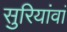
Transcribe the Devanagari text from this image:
सुरियांवां